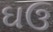
ઘઉ